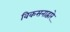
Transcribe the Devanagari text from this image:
विकसनाद्वारे